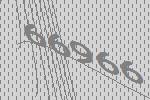
66966